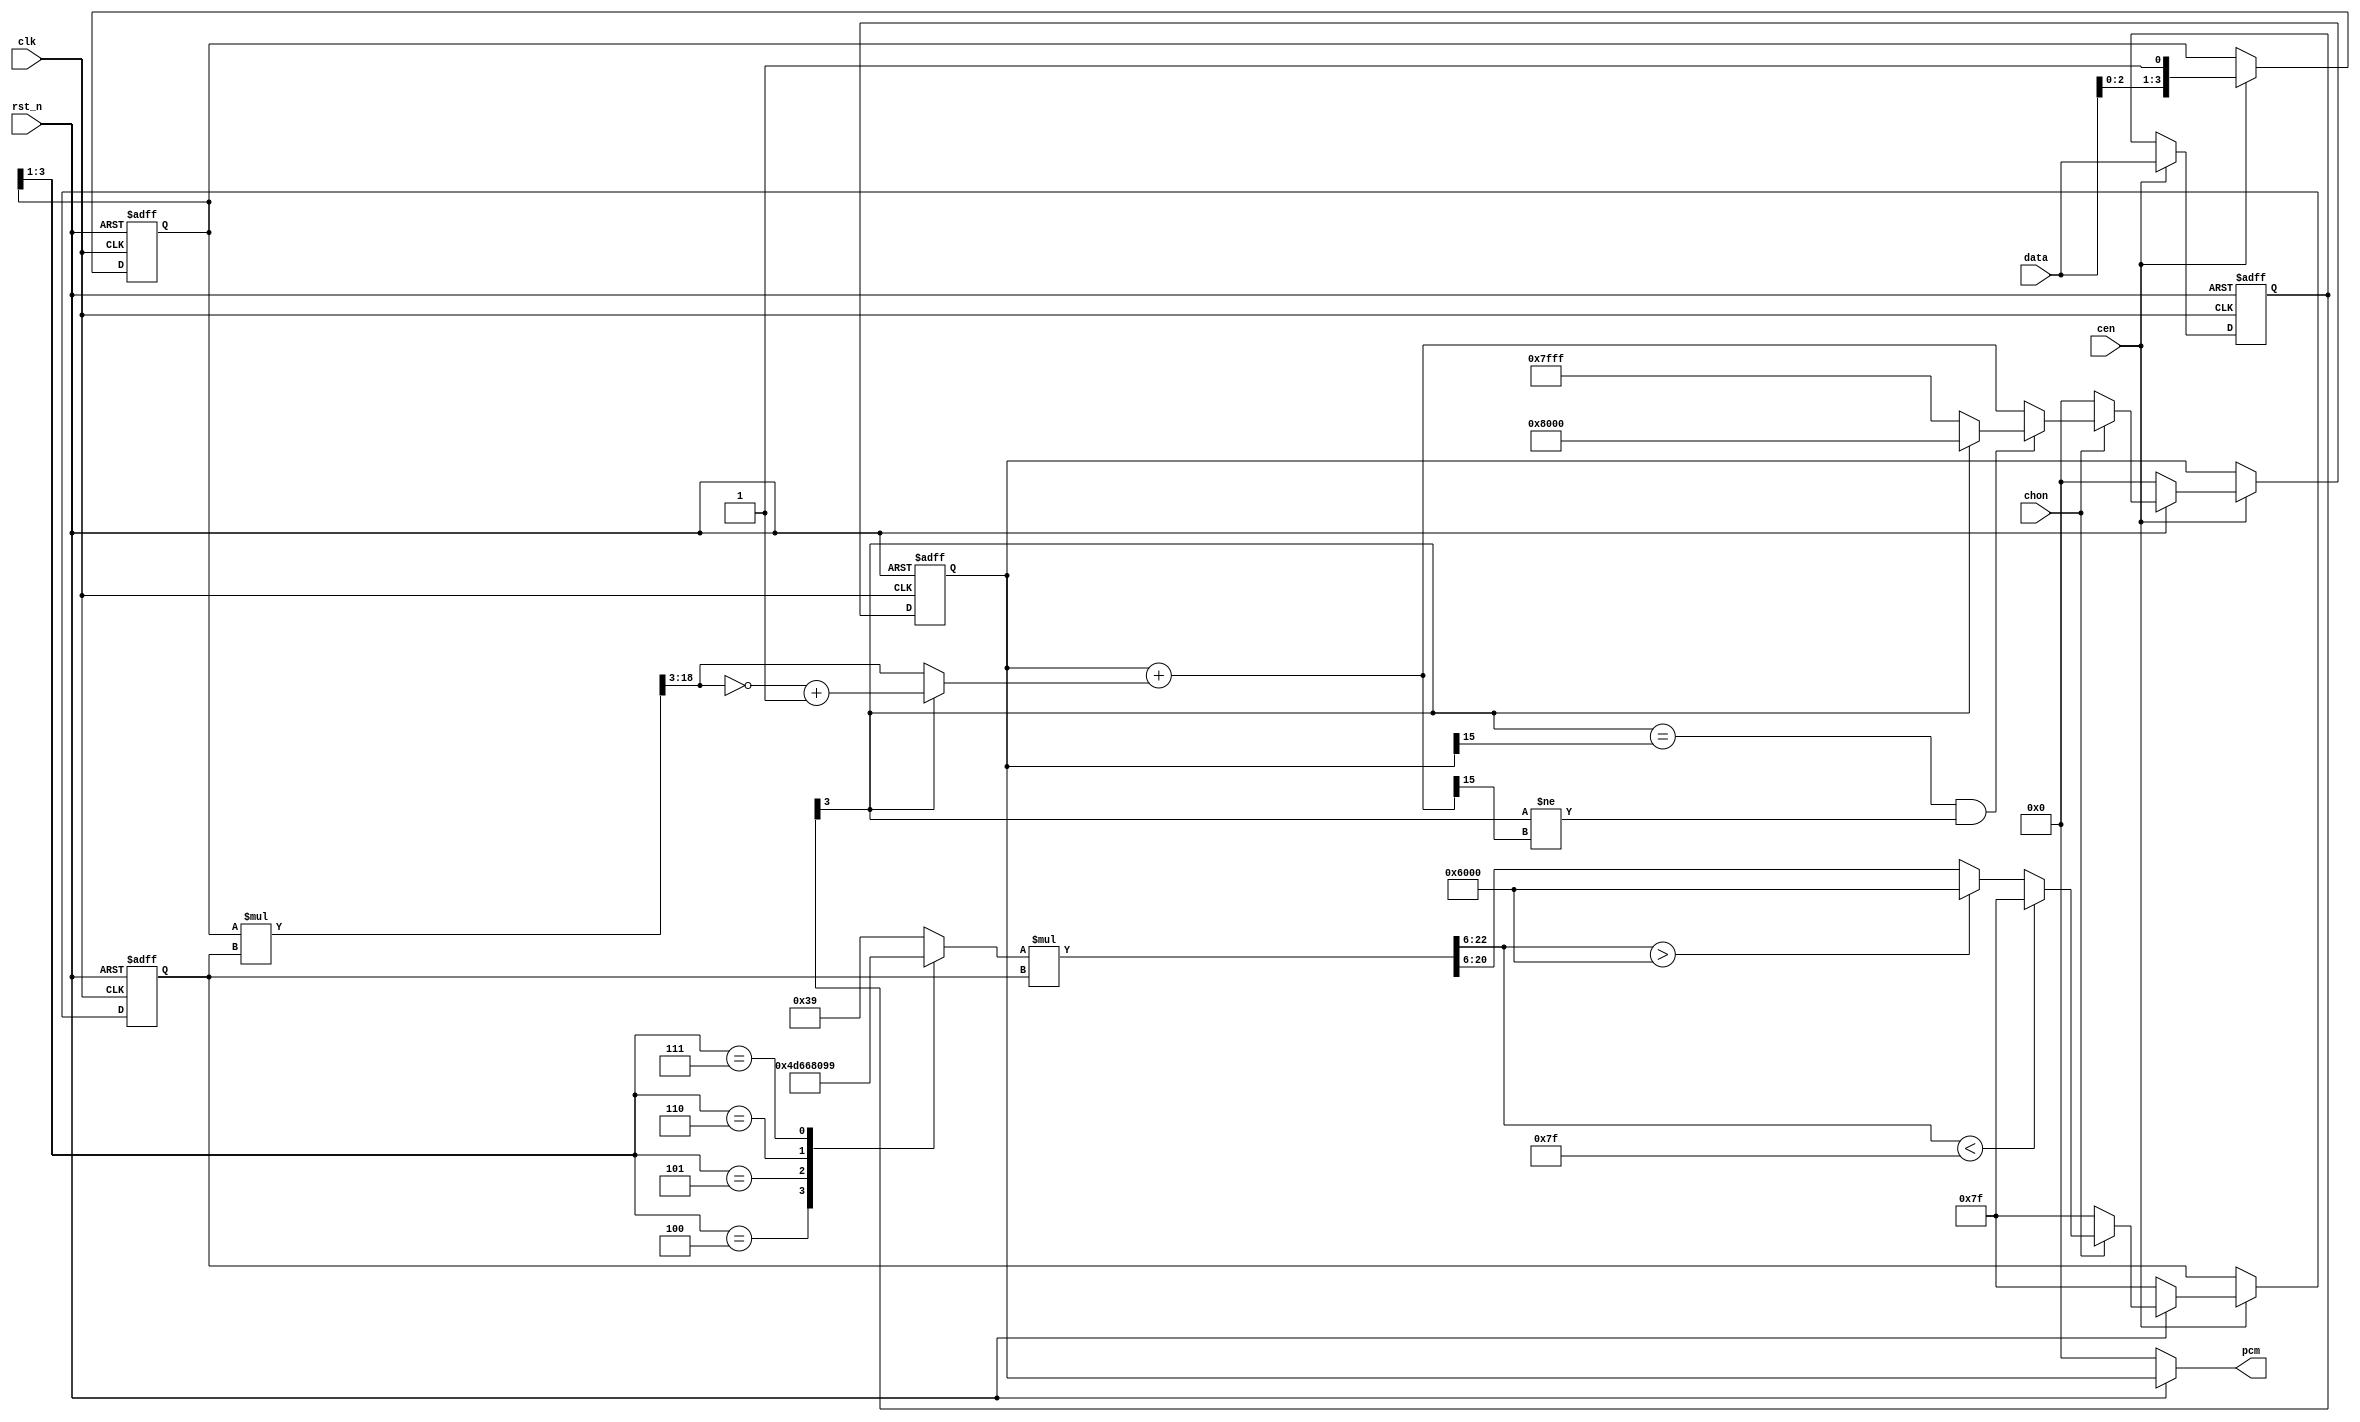
/* This file is part of JT12.

 
    JT12 program is free software: you can redistribute it and/or modify
    it under the terms of the GNU General Public License as published by
    the Free Software Foundation, either version 3 of the License, or
    (at your option) any later version.

    JT12 program is distributed in the hope that it will be useful,
    but WITHOUT ANY WARRANTY; without even the implied warranty of
    MERCHANTABILITY or FITNESS FOR A PARTICULAR PURPOSE.  See the
    GNU General Public License for more details.

    You should have received a copy of the GNU General Public License
    along with JT12.  If not, see <http://www.gnu.org/licenses/>.

    Author: Jose Tejada Gomez. Twitter: @topapate
    Version: 1.0
    Date: 21-03-2019
*/

// Sampling rates: 2kHz ~ 55.5 kHz. in 0.85Hz steps

module jt10_adpcm_comb(
    input           rst_n,
    input           clk,        // CPU clock
    input           cen,        // optional clock enable, if not needed leave as 1'b1
    input   [3:0]   data,
    input           chon,       // high if this channel is on
    output signed [15:0] pcm
);

localparam stepw = 15;

reg signed [15:0] x1, x2, x3, x4, x5, x6;
reg [stepw-1:0] step1, step2, step6;
reg [stepw+1:0] step3, step4, step5;
assign pcm = x2;

reg  [18:0] d2l;
reg  [15:0] d3,d4;
reg  [3:0]  d1,d2;
reg         sign2, sign3, sign4, sign5;
reg  [7:0]  step_val;
reg  [22:0] step2l;

// Original pipeline: 6 stages, 6 channels take 36 clock cycles
// 8 MHz -> /12 divider -> 666 kHz
// 666 kHz -> 18.5 kHz = 55.5/3 kHz

reg chon2, chon3, chon4, chon5;
reg signEqu4, signEqu5;
reg [3:0] data1,data2;

always @( * )
    if( ! rst_n ) begin
        x2 = 'd0; step2 = 'd127;
        x3 = 'd0; step3 = 'd127;
        x4 = 'd0; step4 = 'd127;
        x5 = 'd0; step5 = 'd127;
        x6 = 'd0; step6 = 'd127;
        d2 = 'd0; d3 = 'd0; d4 = 'd0;
        sign2 = 'b0;
        sign3 = 'b0;
        sign4 = 'b0; sign5 = 'b0;
        chon2 = 'b0;   chon3 = 'b0;   chon4 = 'b0; chon5 = 1'b0;
    end else begin
        // I
        d2        = d1;
        sign2     = data1[3];
        data2     = data1;
        x2        = x1;
        step2     = step1;
        chon2     = chon;
        // II multiply and obtain the offset
        casez( d2[3:1] )
            3'b0_??: step_val = 8'd57;
            3'b1_00: step_val = 8'd77;
            3'b1_01: step_val = 8'd102;
            3'b1_10: step_val = 8'd128;
            3'b1_11: step_val = 8'd153;
        endcase // data[2:0]
        d2l    = d2 * step2; // 4 + 15 = 19 bits -> div by 8 -> 16 bits
        step2l = step_val * step2; // 15 bits + 8 bits = 23 bits -> div 64 -> 17 bits
        d3        = d2l[18:3]; // 16 bits
        sign3     = sign2;
        x3        = x2;
        step3     = step2l[22:6];
        chon3     = chon2;
        // III 2's complement of d3 if necessary
        d4        = sign3 ? ~d3+16'b1 : d3;
        sign4     = sign3;
        signEqu4  = sign3 == x3[15];
        x4        = x3;
        step4     = step3;
        chon4     = chon3;
        // IV   Advance the waveform
        x5        = x4+d4;
        sign5     = sign4;
        signEqu5  = signEqu4;
        step5     = step4;
        chon5     = chon4;
        // V: limit or reset outputs
        if( chon5 ) begin
            if( signEqu5 && (sign5!=x5[15]) )
                x6 = sign5 ? 16'h8000 : 16'h7FFF;
            else
                x6 = x5;

            if( step5 < 127 )
                step6  = 15'd127;
            else if( step5 > 24576 )
                step6  = 15'd24576;
            else
                step6 = step5[14:0];
        end else begin
            x6      = 'd0;
            step6   = 'd127;
        end
    end

always @(posedge clk or negedge rst_n) 
    if( ! rst_n ) begin
        x1 <= 'd0; step1 <= 'd127; 
        d1 <= 'd0; data1 <= 'd0;
    end else if(cen) begin
        // VI: close the loop
        d1    <= {data[2:0],1'b1};
        x1    <= x6;
        step1 <= step6;
        data1 <= data;
    end

endmodule // jt10_adpcm